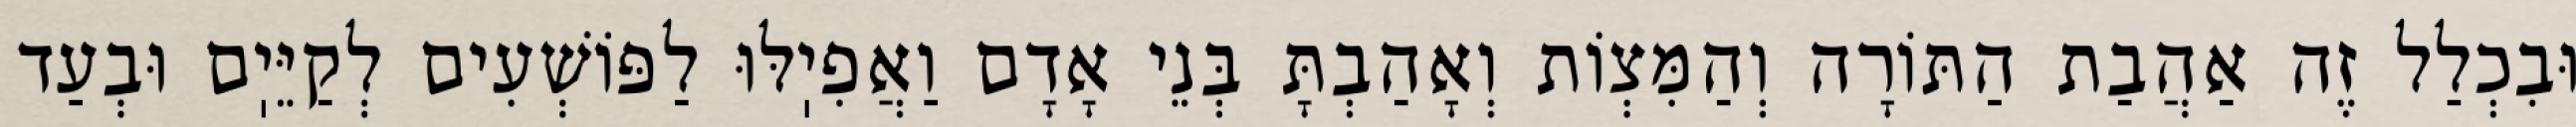
וּבִכְלַל זֶה אַהֲבַת הַתּוֹרָה וְהַמִּצְוֹת וְאָהַבְתָּ בְּנֵי אָדָם וַאֲפִיֽלּוּ לַפּוֹשְׁעִים לְקַיֵּיֽם וּבְעַד